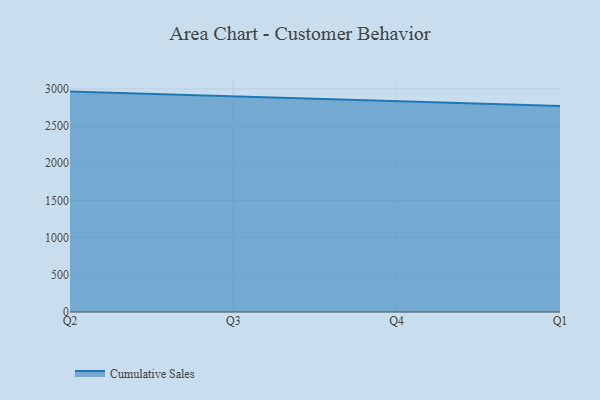
{"axis": {"x": "Quarter", "y": "Website Visitors"}, "legend": ["Cumulative Sales"], "data": [{"x": "Q2", "y": 2963.8, "type": "Cumulative Sales"}, {"x": "Q3", "y": 2896.1, "type": "Cumulative Sales"}, {"x": "Q4", "y": 2838.0, "type": "Cumulative Sales"}, {"x": "Q1", "y": 2769.8, "type": "Cumulative Sales"}]}